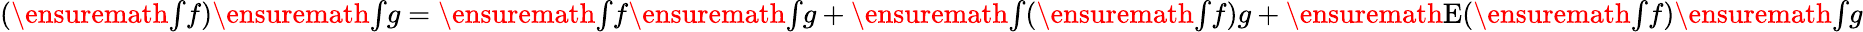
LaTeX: (\ensuremath{{\textstyle\int}}{f})\ensuremath{{\textstyle\int}}{g}=\ensuremath{{\textstyle\int}}{f}\ensuremath{{\textstyle\int}}{g}+\ensuremath{{\textstyle\int}}(\ensuremath{{\textstyle\int}}{f})g+\ensuremath{{\mathrm{E}}}(\ensuremath{{\textstyle\int}}{f})\ensuremath{{\textstyle\int}}{g}